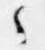
之